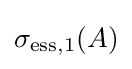
\sigma _{\mathrm {ess} ,1}(A)